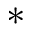
*